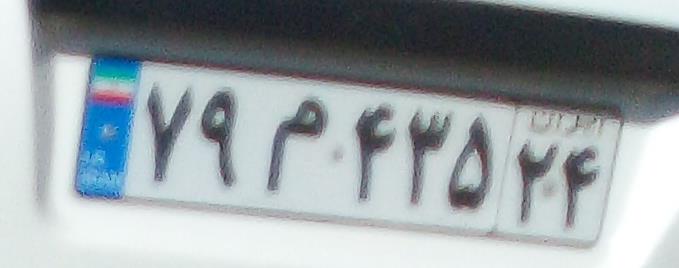
۷۹م۴۳۵۲۴